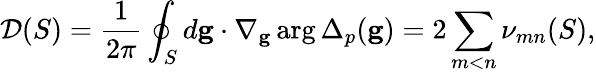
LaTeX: \mathcal{D}(S)=\frac{1}{2\pi}\oint_{S}d\mathbf{g}\cdot\nabla_{\mathbf{g}}\arg\Delta_{p}(\mathbf{g})=2\sum_{m<n}\nu_{mn}(S),